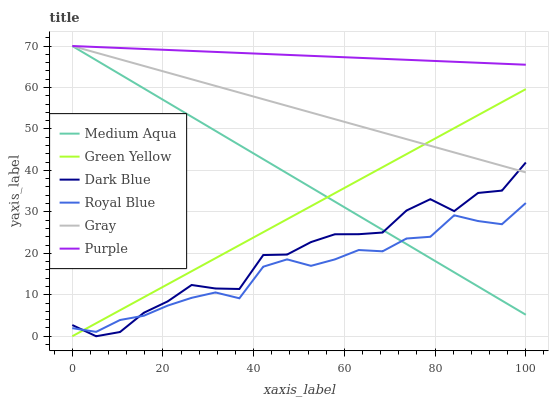
| xaxis_label | Medium Aqua | Green Yellow | Dark Blue | Royal Blue | Gray | Purple |
 | --- | --- | --- | --- | --- | --- | --- |
 | 0 | 70 | 0 | 2.7 | 1.96 | 70 | 70 |
 | 5.26 | 66.6 | 3.14 | 0 | 1.06 | 68.4 | 69.8 |
 | 10.5 | 63.2 | 6.27 | 1.02 | 3.92 | 66.8 | 69.5 |
 | 15.8 | 59.8 | 9.41 | 5.67 | 4.95 | 65.2 | 69.3 |
 | 21.1 | 56.4 | 12.5 | 8.41 | 7.4 | 63.6 | 69.1 |
 | 26.3 | 52.9 | 15.7 | 12.4 | 9.27 | 62 | 68.8 |
 | 31.6 | 49.5 | 18.8 | 11.5 | 10.6 | 60.4 | 68.6 |
 | 36.8 | 46.1 | 22 | 11.4 | 9.16 | 58.8 | 68.3 |
 | 42.1 | 42.7 | 25.1 | 19.6 | 16.8 | 57.2 | 68.1 |
 | 47.4 | 39.3 | 28.2 | 19.7 | 18.5 | 55.6 | 67.9 |
 | 52.6 | 35.9 | 31.4 | 22.7 | 17 | 54 | 67.6 |
 | 57.9 | 32.5 | 34.5 | 24.6 | 18.5 | 52.4 | 67.4 |
 | 63.2 | 29.1 | 37.6 | 24.6 | 20.8 | 50.7 | 67.2 |
 | 68.4 | 25.7 | 40.8 | 25 | 20.5 | 49.1 | 66.9 |
 | 73.7 | 22.2 | 43.9 | 30.3 | 23.6 | 47.5 | 66.7 |
 | 78.9 | 18.8 | 47.1 | 33.1 | 24 | 45.9 | 66.4 |
 | 84.2 | 15.4 | 50.2 | 30.2 | 29.2 | 44.3 | 66.2 |
 | 89.5 | 12 | 53.3 | 34.6 | 27.8 | 42.7 | 66 |
 | 94.7 | 8.59 | 56.5 | 35.1 | 27 | 41.1 | 65.7 |
 | 100 | 5.18 | 59.6 | 41.9 | 32.1 | 39.5 | 65.5 |